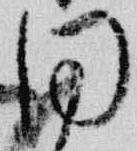
同